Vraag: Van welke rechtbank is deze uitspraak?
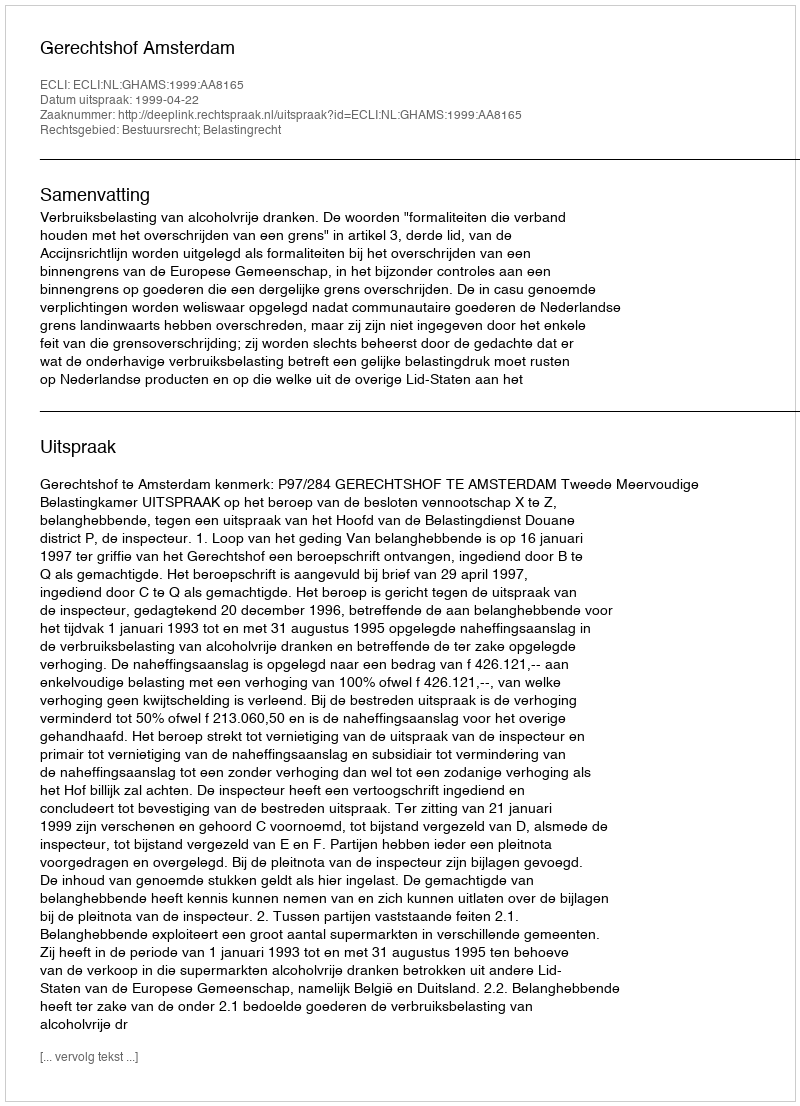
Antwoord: Gerechtshof Amsterdam